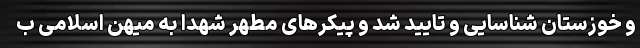
و خوزستان شناسایی و تایید شد و پیکرهای مطهر شهدا به میهن اسلامی ب